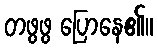
တဖွဖွ ပြောနေ၏။